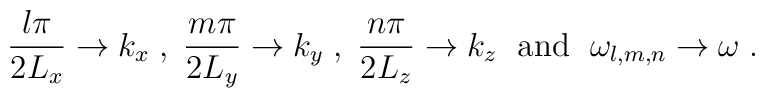
\frac{l\pi}{2L_x}\to k_x \; , \; \frac{m\pi}{2L_y}\to k_y \; , \; \frac{n\pi}{2L_z}\to k_z \; \mbox{ and } \; \omega_{l,m,n}\to\omega \; .